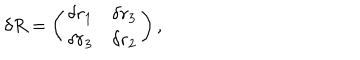
LaTeX: \delta R = \left( \begin{array} { c r c } { { \delta r _ { 1 } } } & { { \delta r _ { 3 } } } \\ { { \delta r _ { 3 } } } & { { \delta r _ { 2 } } } \\ \end{array} \right) ,